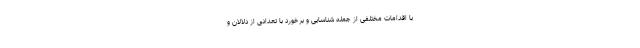
با اقدامات مختلفی از جمله شناسایی و برخورد با تعدادی از دلالان و